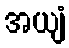
အယျံ